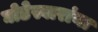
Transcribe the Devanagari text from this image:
घोडेस्वारांना